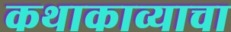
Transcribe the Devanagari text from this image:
कथाकाव्याचा